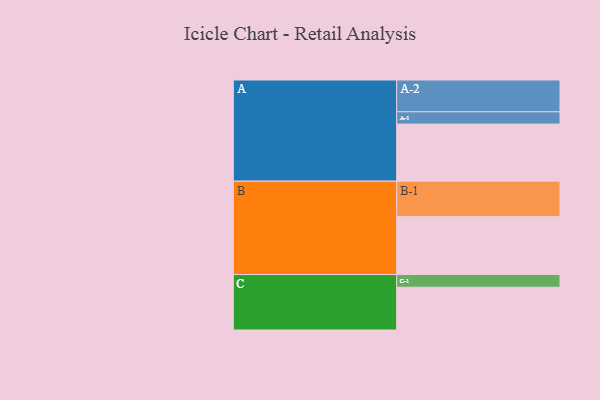
{"axis": {"x": "Segment", "y": "Value"}, "legend": ["", "A", "B", "C"], "data": [{"x": "A", "y": 422, "type": ""}, {"x": "B", "y": 428, "type": ""}, {"x": "C", "y": 316, "type": ""}, {"x": "A-1", "y": 91, "type": "A"}, {"x": "A-2", "y": 235, "type": "A"}, {"x": "B-1", "y": 262, "type": "B"}, {"x": "C-1", "y": 94, "type": "C"}]}